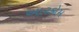
આરકોમ